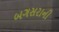
બગસરાની